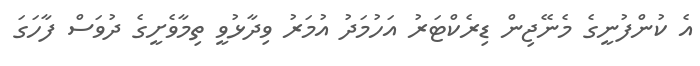
އެ ކުންފުނީގެ މެނޭޖިން ޑިރެކްޓަރު އަހުމަދު އުމަރު ވިދާޅުވީ ތިމާވެށީގެ ދުވަސް ފާހަގަ